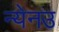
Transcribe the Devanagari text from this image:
न्येनउ